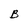
Character: B